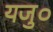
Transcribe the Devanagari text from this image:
यजु०